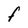
Character: F